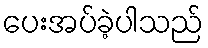
ပေးအပ်ခဲ့ပါသည်